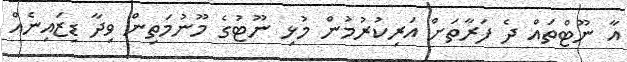
އާ ނޫޓްތައް ދެ ފަރާތަށް އަރިކުރުމުން މުޅި ނޫޓުގެ މޫނުމަތިން ވިދާ ޑިޒައިނެއް